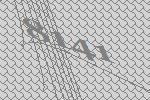
8141